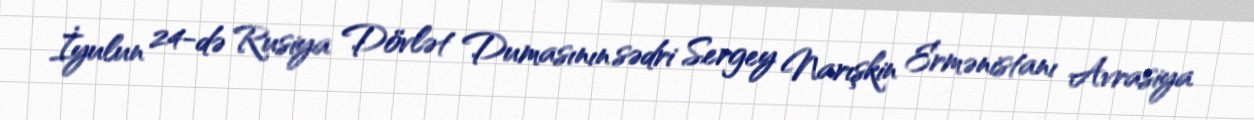
İyulun 24-də Rusiya Dövlət Dumasının sədri Sergey Narışkin Ermənistanı Avrasiya